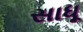
સાધૂ